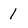
Character: 1